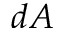
d A